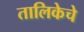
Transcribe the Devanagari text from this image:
तालिकेचे